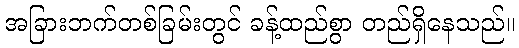
အခြားဘက်တစ်ခြမ်းတွင် ခန့်ထည်စွာ တည်ရှိနေသည်။